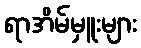
ရာအိမ်မှူးများ